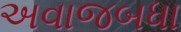
અવાજબધા